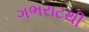
ગભરાટથી